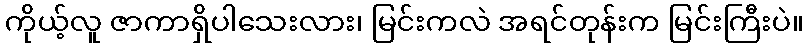
ကိုယ့်လူ ဇာကာရှိပါသေးလား၊ မြင်းကလဲ အရင်တုန်းက မြင်းကြီးပဲ။